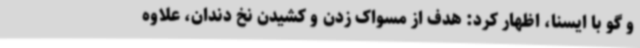
و گو با ایسنا، اظهار کرد: هدف از مسواک زدن و کشیدن نخ دندان، علاوه